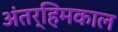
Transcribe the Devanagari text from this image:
अंतर्हिमकाल